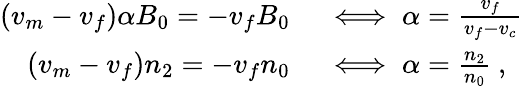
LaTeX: \begin{array}{rl}{(v_{m}-v_{f})\alpha B_{0}=-v_{f}B_{0}}&{{}\iff\alpha=\frac{v_{f}}{v_{f}-v_{c}}}\\ {(v_{m}-v_{f})n_{2}=-v_{f}n_{0}}&{{}\iff\alpha=\frac{n_{2}}{n_{0}}\ ,}\end{array}